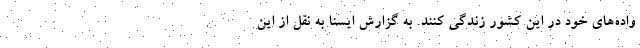
واده‌های خود در این کشور زندگی کنند. به گزارش ایسنا به نقل از این